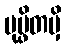
ပုပ္ဖိတမှိ